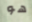
هو